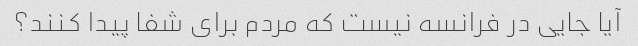
آیا جایی در فرانسه نیست که مردم برای شفا پیدا کنند؟